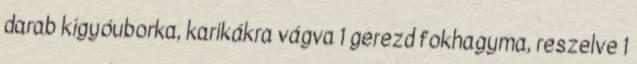
darab kígyóuborka, karikákra vágva 1 gerezd fokhagyma, reszelve 1